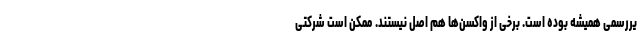
یررسمی همیشه بوده است. برخی از واکسن‌ها هم اصل نیستند. ممکن است شرکتی